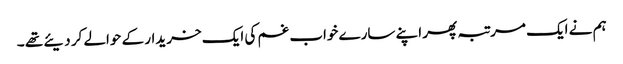
ہم نے ایک مرتبہ پھر اپنے سارے خواب غم کی ایک خریدار کے حوالے کر دیئے تھے ۔